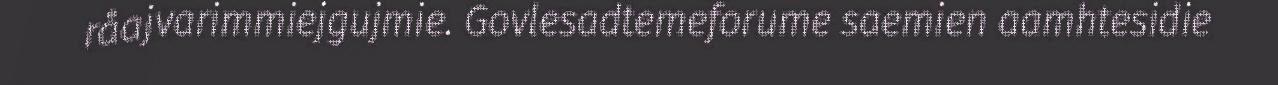
råajvarimmiejgujmie. Govlesadtemeforume saemien aamhtesidie